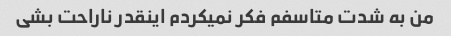
من به شدت متاسفم فکر نمیکردم اینقدر ناراحت بشی